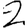
Digit: 2